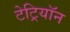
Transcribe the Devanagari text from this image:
टेट्रियॉन